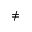
\neq